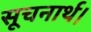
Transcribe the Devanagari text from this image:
सूचनार्थ।